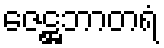
ဇေဋ္ဌဘာတရံ